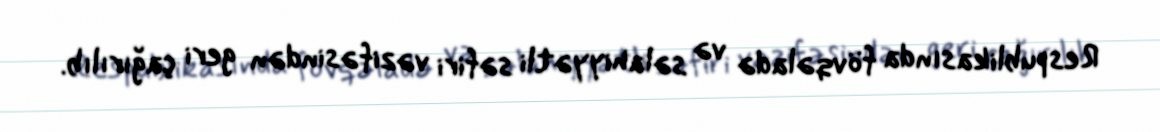
Respublikasında fövqəladə və səlahiyyətli səfiri vəzifəsindən geri çağırılıb.